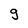
Character: g